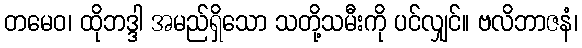
တမေဝ၊ ထိုဘဒ္ဒါ အမည်ရှိသော သတို့သမီးကို ပင်လျှင်။ ဗလိဘာဇနံ၊